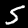
Digit: 5